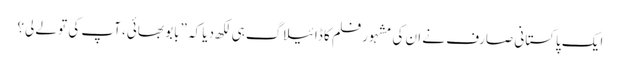
ایک پاکستانی صارف نے ان کی مشہور فلم کا ڈائیلاگ ہی لکھ دیا کہ ”بابو بھائی، آپ کی تو لے لی؟